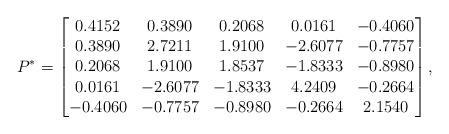
LaTeX: \begin{align*}P^*=\begin{bmatrix}0.4152 & 0.3890 & 0.2068 & 0.0161 & -0.4060 \\0.3890 & 2.7211 & 1.9100 & -2.6077 & -0.7757 \\0.2068 & 1.9100 & 1.8537 & -1.8333 & -0.8980\\0.0161 & -2.6077 & -1.8333 & 4.2409 & -0.2664 \\-0.4060 & -0.7757 & -0.8980 & -0.2664 & 2.1540\end{bmatrix},\end{align*}